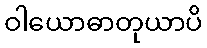
ဝါယောဓာတုယာပိ